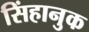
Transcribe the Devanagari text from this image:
सिंहानुक